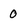
Character: 0